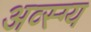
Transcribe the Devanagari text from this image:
अव्स्ग्य